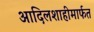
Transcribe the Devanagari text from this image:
आदिलशाहीमार्फत